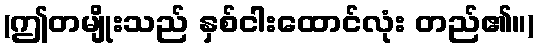
(ဤတမျိုးသည် နှစ်ငါးထောင်လုံး တည်၏။)